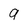
Character: 9